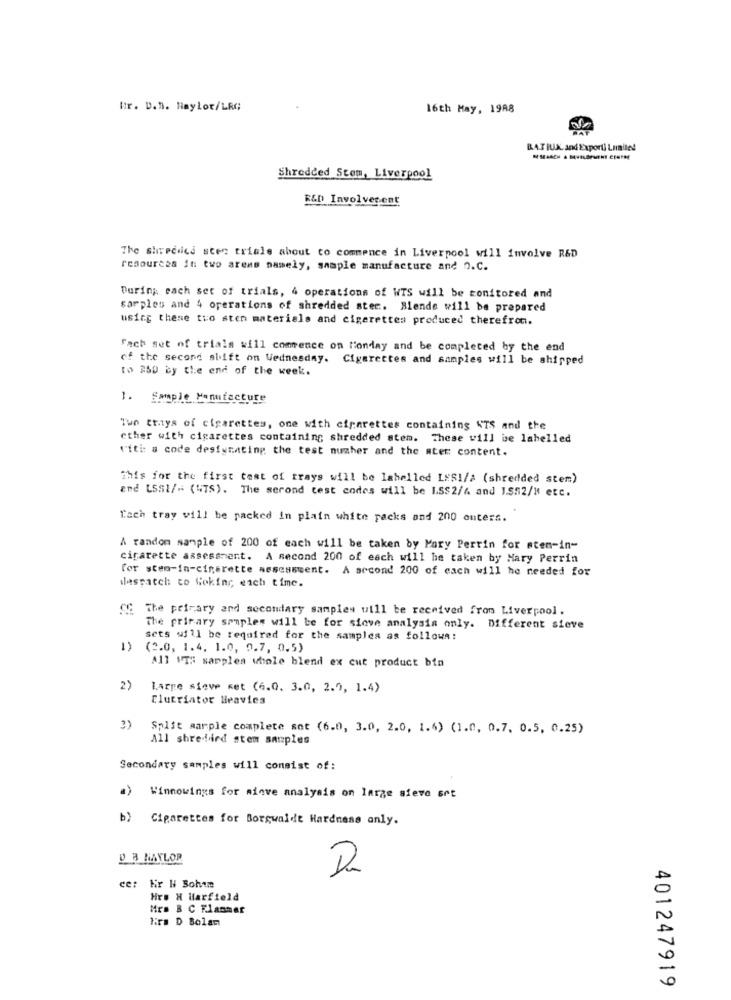
Br. D.n. Haylot/LRC
16th May, 1988
BATIUN. and Exporti Limited
Shredded Stem, Liverpool
R&D Involver.ent
The shreedics sten triale about to commence in Liverpool will involve R&D
resources in two arens namely, sample manufacture and o.C.
During each set of trials, 4 operations of WTS will be monitored and
sarples and 4 operations of shredded stec. Blende will be prepared
using these tuo sten materials and cigarettes produced therefrom.
Fach set of trials will comence on Monday and be completed by the end
of the second shift on Wednesday. Cigarettes and samples will be shipped
to 250 by the end of the week.
1. Sample Manufacture
Tun trays of cigarettes, one with cigarettes containing ATS and the
ether with cigarettes containing shredded stem. These will be labelled
viti: a code designating the test numher and the ater: content.
This for the first test of trays will be labelled LES!/a (shredded stem)
and LSSI/" ("TS). The second test codes will be LSS2/6 and 1.852/H etc.
Tach tray will be packed in plain white packs and 200 onters.
A random sample of 200 of each will be taken by Mary Pertin for stem-in-
cigarette assessment. A second 200 of each will he taken by Mary Perrin
Cor sten-in-cinerette assessment. A second 200 of each will he needed for
despatch to Goking, each time.
CC The primary and secondary samples will be received from Liverpool.
The primary samples will be for siove analysis only. Different sieve
sets will be required for the samples as follows:
1)
(2.0, 1.4. 1.0, 9.7, 0.5)
All VT: sapples whole blend ex cut product bin
2)
Large sieve set (6.0. 3.0, 2.0, 1.4)
Clutriator Heavies
3)
Split marple complete set (6.0, 3.0, 2.0, 1.4) (1.0. 0.7. 0.5. 0.25)
All shredded stem samples
Secondary samples will consist of:
a)
Winnowings for miove analysis on large sieve srt
b) Cigarettes for Borgwalde Hardness only.
DA NAYLOR
Kir H Sohnn
Hr. H Marfield
Mrs B C Flammer
Tirs D Bolan
401247919